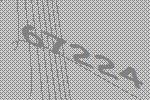
67224